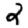
Digit: 2